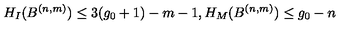
H _ { I } ( B ^ { ( n , m ) } ) \leq 3 ( g _ { 0 } + 1 ) - m - 1 , H _ { M } ( B ^ { ( n , m ) } ) \leq g _ { 0 } - n